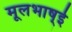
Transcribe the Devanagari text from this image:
मूलभाष्ई